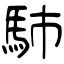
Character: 馷